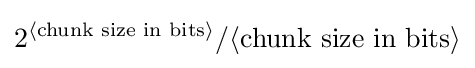
2^{\langle {\text{chunk size in bits}}\rangle }/\langle {\text{chunk size in bits}}\rangle